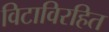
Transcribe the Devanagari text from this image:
विटाविरहित